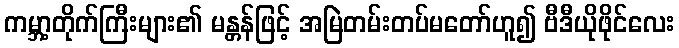
ကမ္ဘာ့တိုက်ကြီးများ၏ မန္တန်ဖြင့် အမြဲတမ်းတပ်မတော်ဟူ၍ ဗီဒီယိုဖိုင်လေး